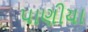
પાણીયા